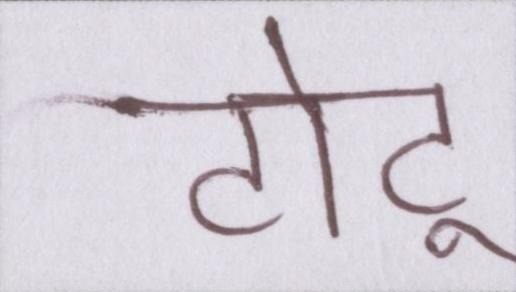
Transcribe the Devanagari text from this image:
टोटू